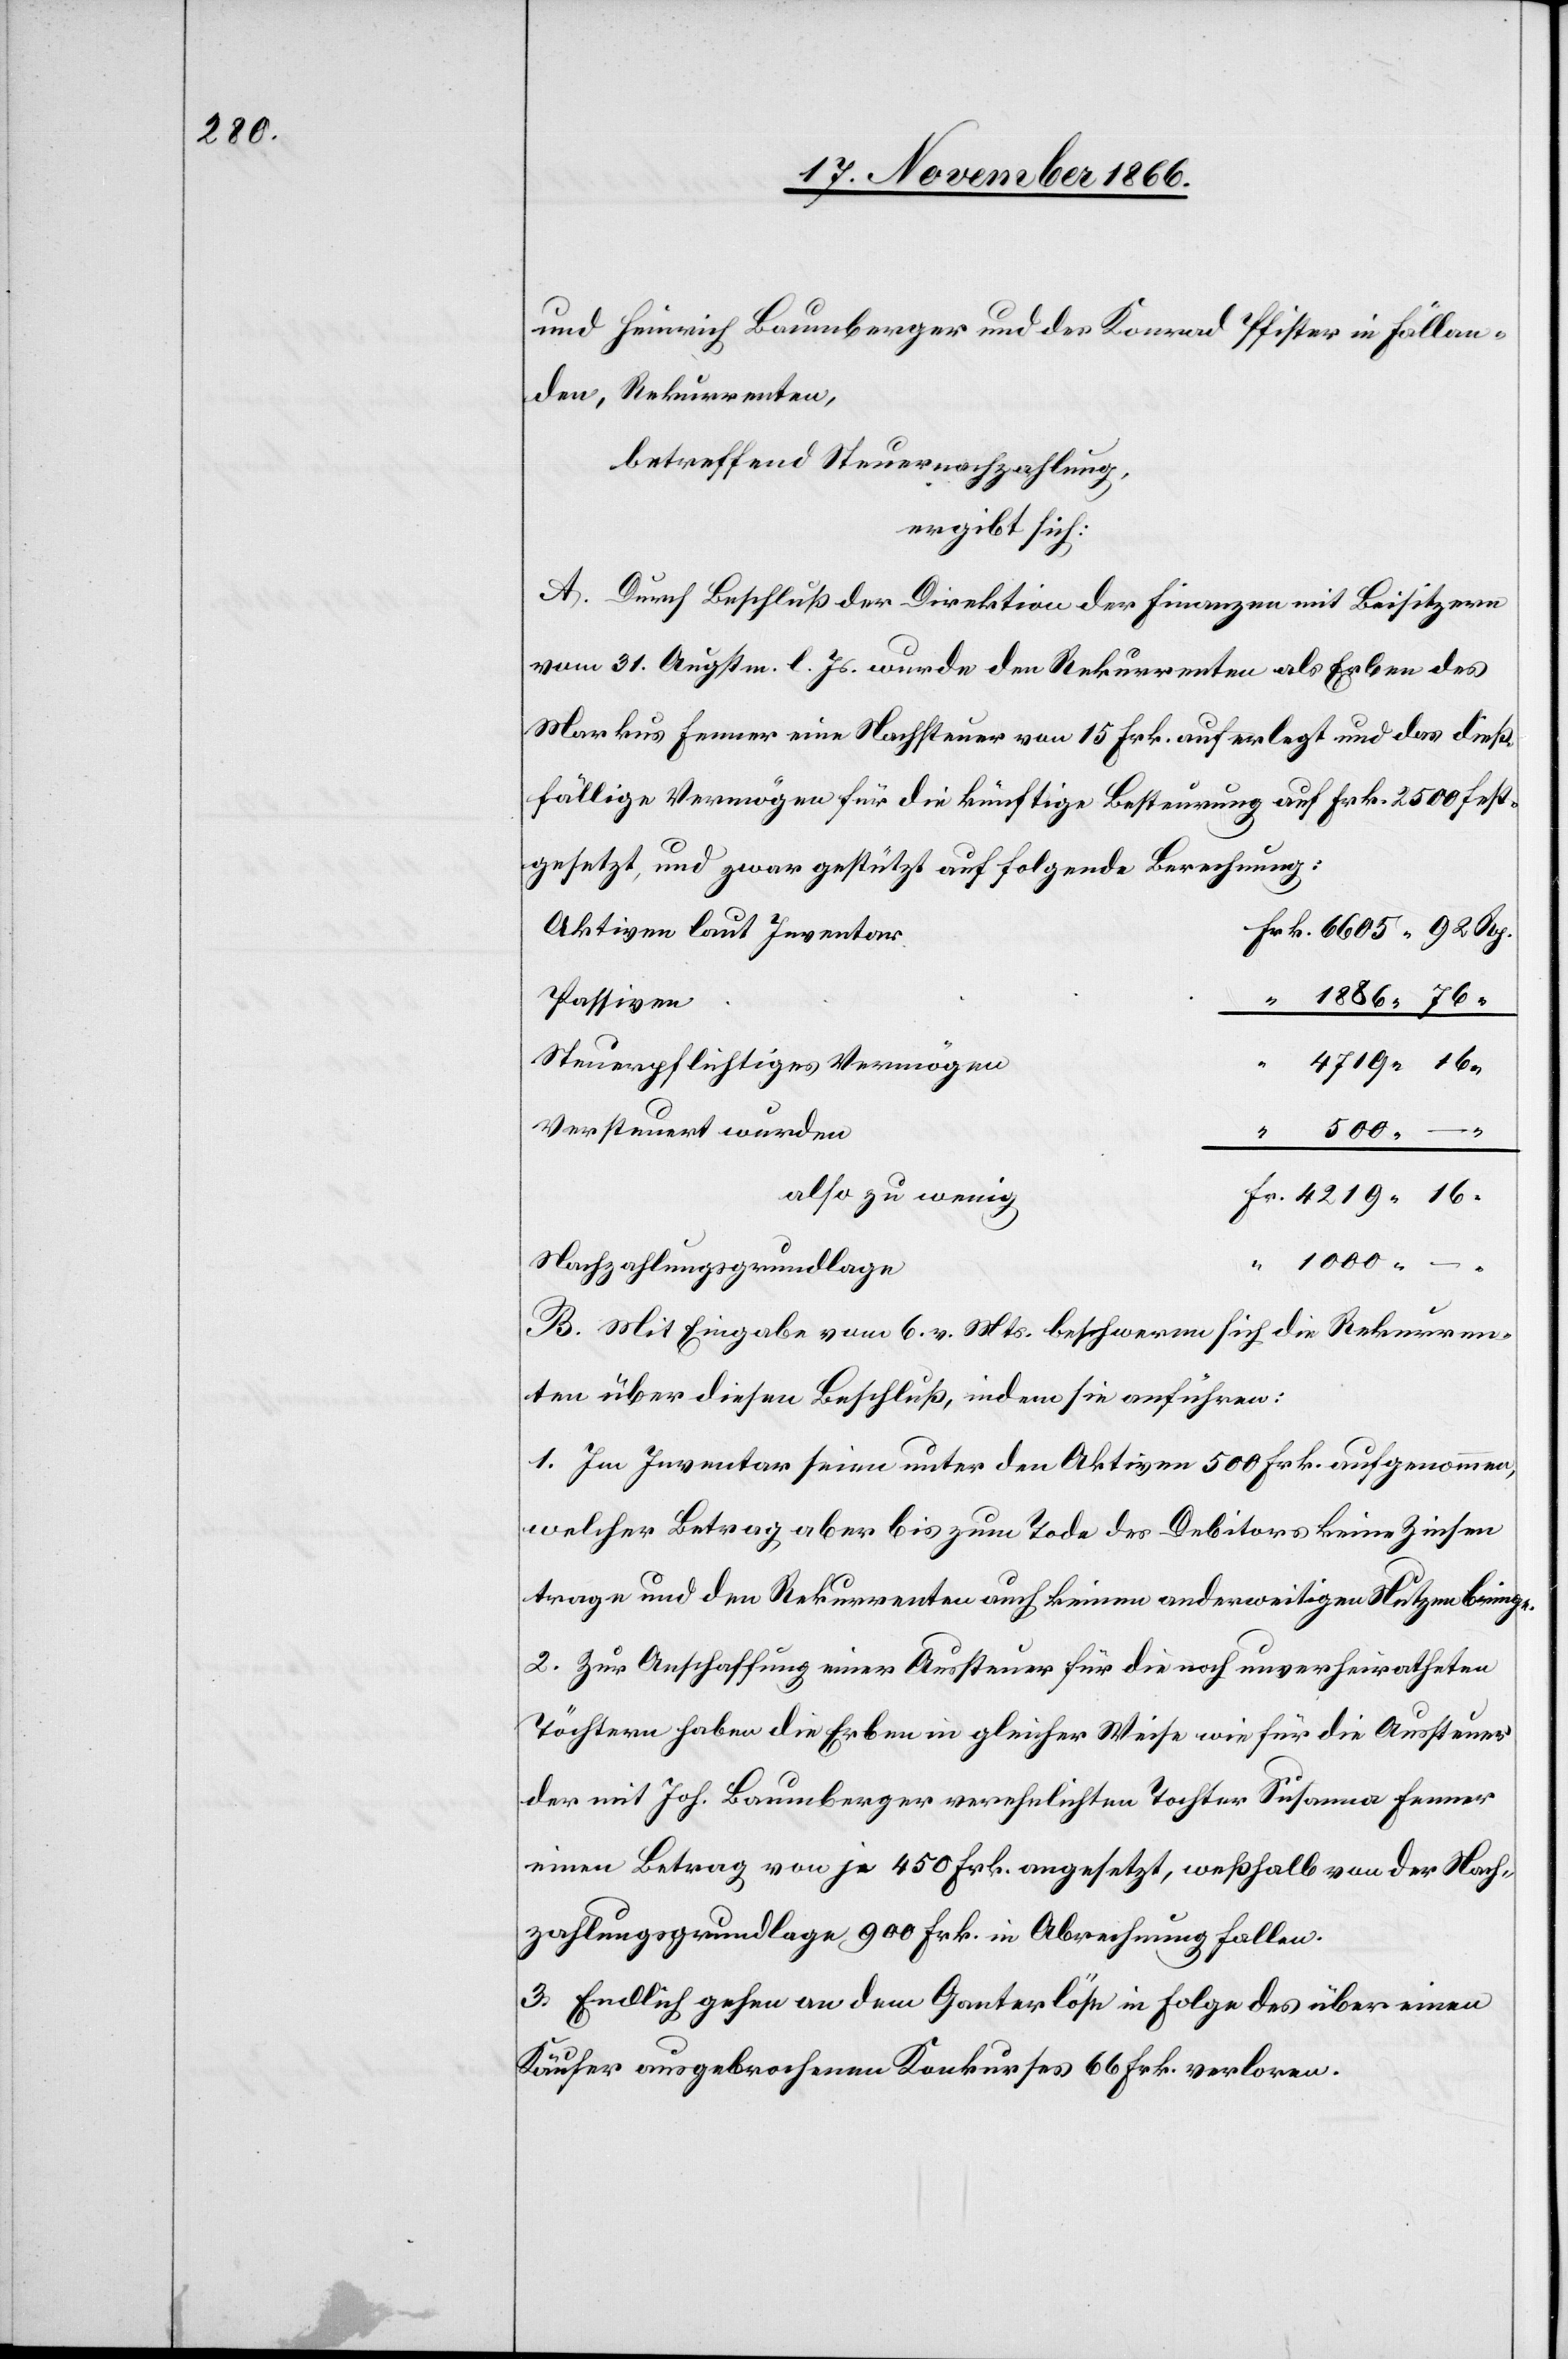
4219.

und Heinrich Baumberger und des Konrad Pfister in Fällan¬
den, Rekurrenten,
betreffend Steuernachzahlung,
ergibt sich:
A. Durch Beschluß der Direktion der Finanzen mit Beisitzern
vom 31. Augstm. l. Js. wurde den Rekurrenten als Erben des
Markus Fenner eine Nachsteuer von 15. Frk. auferlegt und das dieß¬
fällige Vermögen für die künftige Besteuerung auf Frk. 2500 fest¬
gesetzt, und zwar gestützt auf folgende Berechnung:
Aktiven laut Inventar
Passiven
Steuerpflichtiges Vermögen
4719.
Versteuert wurden
also zu wenig
Nachzahlungsgrundlage
B. Mit Eingabe vom 6. v. Mts. beschweren sich die Rekurren¬
ten über diesen Beschluß, indem sie anführen:
1. Im Inventar seien unter den Aktiven 500 Frk. aufgenommen,
welcher Betrag aber bis zum Tode des Debitors keine Zinsen
trage und den Rekurrenten auch keinen anderweitigen Nutzen bringe.
2. Zur Anschaffung einer Aussteuer für die noch unverheiratheten
Töchtern haben die Erben in gleicher Weise wie für die Aussteuer
der mit Joh. Baumberger verehelichten Tochter Susanna Fenner
einen Betrag von je 450 Frk. angesetzt, weßhalb von der Nach¬
zahlungsgrundlage 900 Frk. in Abrechnung fallen.
3. Endlich gehen an dem Ganterlöse in Folge des über einen
Käufer ausgebrochenen Konkurses 66 Frk. verloren.